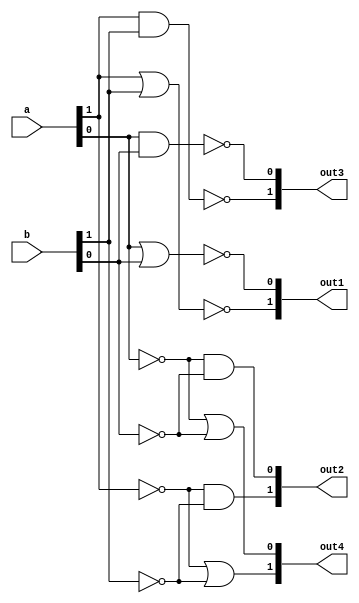
// DeMorgan2bit_df.v

module DeMorgan_df(a, b, out1, out2, out3, out4);

input [1:0] a;
input [1:0] b;

output [1:0] out1;
output [1:0] out2;
output [1:0] out3;
output [1:0] out4;

assign out1[1] = ~(a[1] | b[1]);
assign out1[0] = ~(a[0] | b[0]);
assign out2[1] = (~a[1]) & (~b[1]);
assign out2[0] = (~a[0]) & (~b[0]);
assign out3[1] = ~(a[1] & b[1]);
assign out3[0] = ~(a[0] & b[0]);
assign out4[1] = ~a[1] | ~b[1];
assign out4[0] = ~a[0] | ~b[0];

endmodule